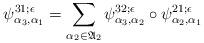
LaTeX: \begin{align*}\psi^{31;\epsilon}_{\alpha_{3},\alpha_1}=\sum_{\alpha_2 \in \frak A_2}\psi^{32;\epsilon}_{\alpha_{3},\alpha_2} \circ\psi^{21;\epsilon}_{\alpha_{2},\alpha_1}\end{align*}